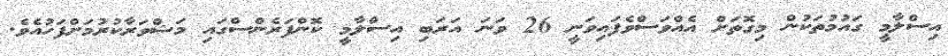
އިސްލާމީ ގައުމުތަކުން މިގޮތަށް އެއްވަސްވެފައިވަނީ 26 ވަނަ އަރަބި އިސްލާމީ ކޮންފަރެންސްގައި މަޝްވަރާކުރުމަށްފަހުއެވެ.